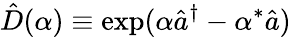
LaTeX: \hat{D}(\alpha)\equiv\exp(\alpha\hat{a}^{\dagger}-\alpha^{\ast}\hat{a})